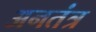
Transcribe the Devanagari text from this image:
अनतंत्र